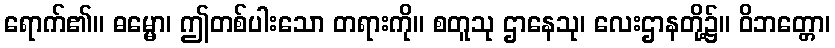
ရောက်၏။ ဓမ္မော၊ ဤတစ်ပါးသော တရားကို။ စတူသု ဌာနေသု၊ လေးဌာနတို့၌။ ဝိဘတ္တော၊